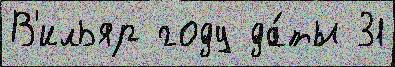
В'ильяр году да́ты 31